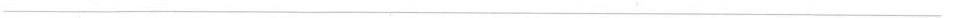
___